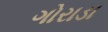
ગોરાડા